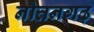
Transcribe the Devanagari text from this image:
नौतनगढ़